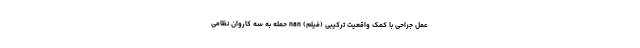
عمل جراحی با کمک واقعیت ترکیبی (فیلم) nan حمله به سه کاروان نظامی